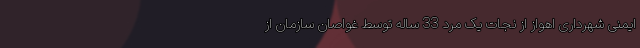
ایمنی شهرداری اهواز از نجات یک مرد 33 ساله توسط غواصان سازمان از